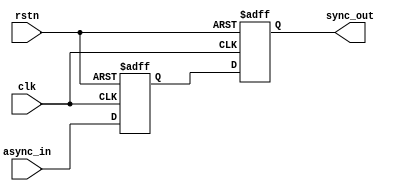
module ms_ff_sync (
    input wire clk,          // Clock input
    input wire rstn,        // Asynchronous reset (active low)
    input wire async_in,    // Asynchronous input signal
    output reg sync_out     // Synchronized output signal
);

    // Internal signal for master flip-flop output
    reg master_out;

    // Master flip-flop: captures async_in on the rising edge of the clock
    always @(posedge clk or negedge rstn) begin
        if (!rstn) begin
            master_out <= 1'b0; // Reset master output to 0
        end else begin
            master_out <= async_in; // Sample asynchronous input
        end
    end

    // Slave flip-flop: captures master_out on the falling edge of the clock
    always @(negedge clk or negedge rstn) begin
        if (!rstn) begin
            sync_out <= 1'b0; // Reset synchronized output to 0
        end else begin
            sync_out <= master_out; // Sample master output
        end
    end

endmodule